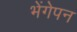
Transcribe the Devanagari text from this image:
भेंगेपन